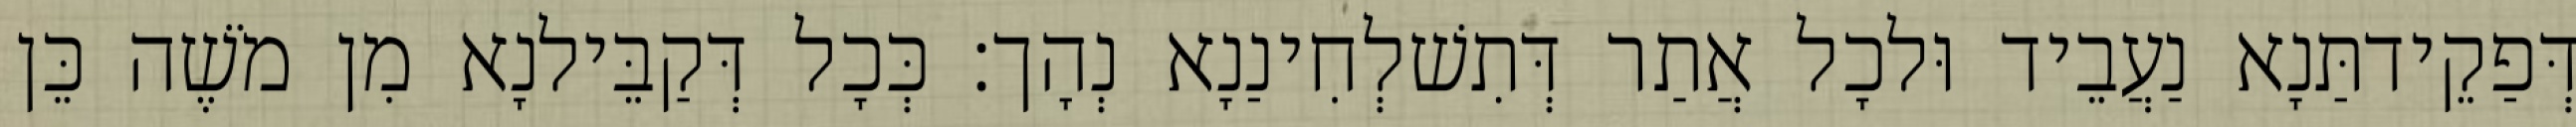
דְּפַקֵידתַּנָא נַעֲבֵיד וּלכָל אֲתַר דְּתִשׁלְחִינַנָא נְהָך׃ כְּכָל דְּקַבֵּילנָא מִן מֹשֶׁה כֵּן